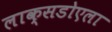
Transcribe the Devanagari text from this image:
लाक्सडोएला